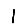
Digit: 1